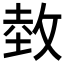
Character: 𱡛